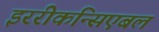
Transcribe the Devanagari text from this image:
इररीकन्सिएबल